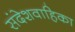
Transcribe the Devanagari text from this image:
संदेशवाहिका